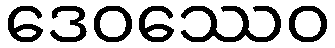
ဒေဝဿေဝ